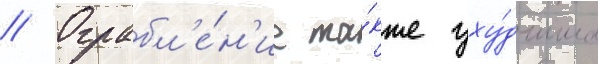
// Ограбл'е́н'ие та́кже уху́дшило